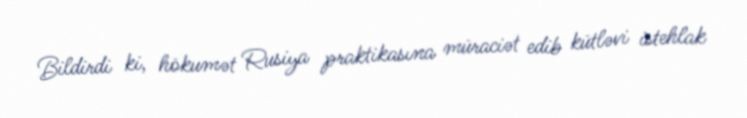
Bildirdi ki, hökumət Rusiya praktikasına müraciət edib kütləvi istehlak